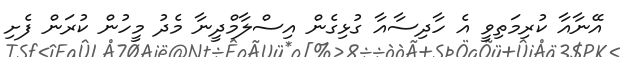
އޭނާއާ ކުރިމަތިވީ އެ ހާދިސާއާ ގުޅިގެން އިސްލާމްދީނާ މެދު މީހުން ކުރަން ފެށި